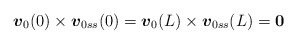
\begin{align*}\mbox{\mathversion{bold}$v$}_{0}(0)\times \mbox{\mathversion{bold}$v$}_{0ss}(0)=\mbox{\mathversion{bold}$v$}_{0}(L)\times \mbox{\mathversion{bold}$v$}_{0ss}(L)=\mbox{\mathversion{bold}$0$}\end{align*}